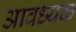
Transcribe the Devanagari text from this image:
आवध्यक